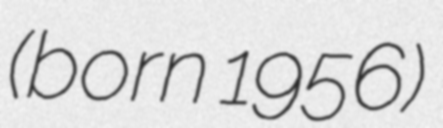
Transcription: (born 1956)